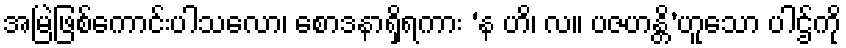
အမြဲဖြစ်ကောင်းပါသလော၊ စောဒနာရှိရကား ‘န ဟိ၊ လ။ ပဇဟန္တိ’ဟူသော ပါဌ်ကို